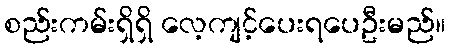
စည်းကမ်းရှိရှိ လေ့ကျင့်ပေးရပေဦးမည်။